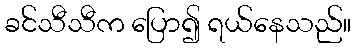
ခင်သီသီက ပြော၍ ရယ်နေသည်။